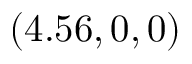
( 4 . 5 6 , 0 , 0 )